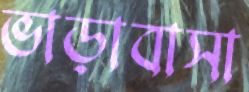
ভাড়াবাসা